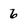
Character: 6